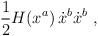
LaTeX: \begin{align*}\frac{1}{2} H(x^a)\, \dot x^b \dot x^b\ ,\end{align*}